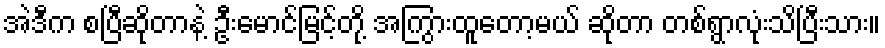
အဲဒီက စပြီဆိုတာနဲ့ ဦးမောင်မြင့်တို့ အကြွားထူတော့မယ် ဆိုတာ တစ်ရွာလုံးသိပြီးသား။